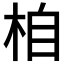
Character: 𣑉